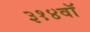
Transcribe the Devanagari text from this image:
३१४वॉ